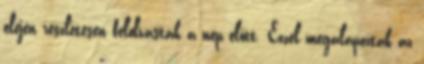
elején részletesen felolvasták a nép előtt. Ezzel megalapozták az